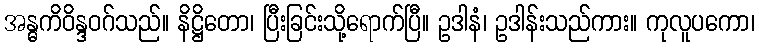
အန္ဓကိဝိန္ဒဝဂ်သည်။ နိဋ္ဌိတော၊ ပြီးခြင်းသို့ရောက်ပြီ။ ဥဒါနံ၊ ဥဒါန်းသည်ကား။ ကုလူပကော၊